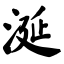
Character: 涎